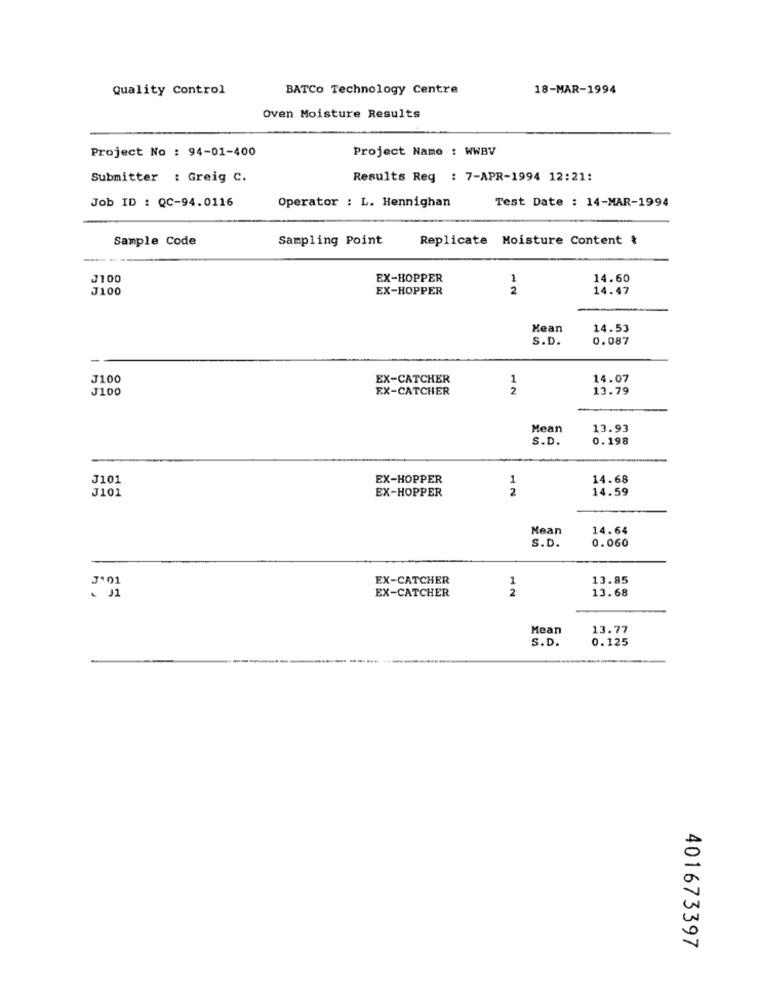
Quality Control
BATCo Technology Centre
18-MAR-1994
Oven Moisture Results
Project No : 94-01-400
Project Name : WWBV
Submitter : Greig C.
Results Req : 7-APR-1994 12:21:
Job ID : QC-94.0116
Test Date : 14-MAR-1994
Operator : L. Hennighan
Sample Code
Sampling Point
Replicate Moisture Content &
--
J100
EX-HOPPER
1
14.60
J100
EX-HOPPER
2
14.47
Kean
14.53
S.D.
0.087
J100
EX-CATCHER
1
14.07
J100
EX-CATCHER
2
13.79
Mean
13.93
S.D.
0.198
J101
EX-HOPPER
1
14.68
J101
EX-HOPPER
2
14.59
Mean
14.64
S.D.
0.060
J'01
EX-CATCHER
1
13.85
2
13.68
EX-CATCHER
Mean
13.77
S.D.
0.125
401673397